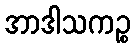
အာဒါသကဉ္စ